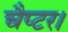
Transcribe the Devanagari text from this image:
चैप्टर।